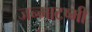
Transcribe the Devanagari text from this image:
जन्माटष्मी